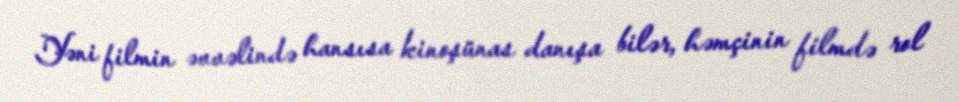
Yəni filmin əvvəlində hansısa kinoşünas danışa bilər, həmçinin filmdə rol